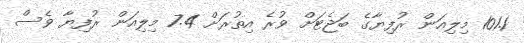
101.1 މިލިއަން ރުފިޔާގެ ބަޖެޓަށް ވުރެ އިތުރަށް 7.4 މިލިއަން ރުފިޔާ ވެސް